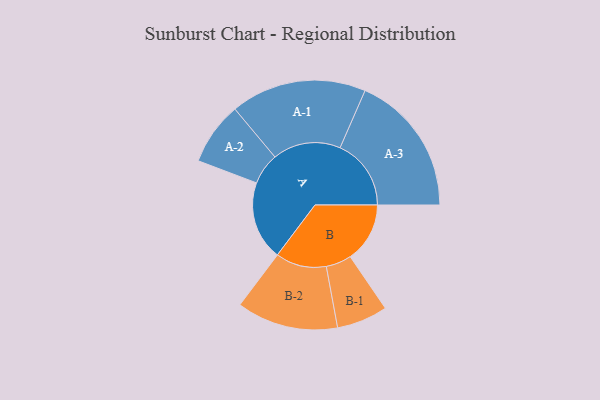
{"axis": {"x": "Segment", "y": "Value"}, "legend": ["", "A", "B"], "data": [{"x": "A", "y": 331, "type": ""}, {"x": "B", "y": 250, "type": ""}, {"x": "A-1", "y": 285, "type": "A"}, {"x": "A-2", "y": 132, "type": "A"}, {"x": "A-3", "y": 298, "type": "A"}, {"x": "B-1", "y": 107, "type": "B"}, {"x": "B-2", "y": 213, "type": "B"}]}